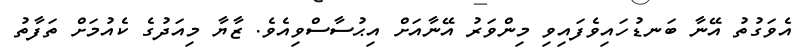
އެވަގުތު އޭނާ ބަނޑުހައިވެފައިވި މިންވަރު އޭނާއަށް އިޙުސާސްވިއެވެ. ޒާޔާ މިއަދުގެ ކެއުމަށް ތަފާތު